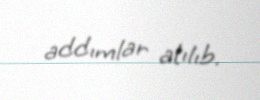
addımlar atılıb.